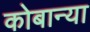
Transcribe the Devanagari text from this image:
कोबान्या